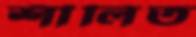
শীলিত